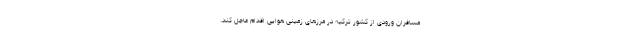
مسافران ورودی از کشور ترکیه در مرزهای زمینی هوایی اقدام عاجل کند.